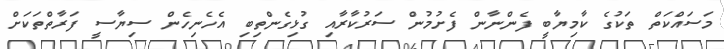
މަސައްކަތް ތަކުގެ ކާމިޔާބީ ފެންނާން ފެށުމުން ސަރުކާރާއި ގުޅިގެންތިބި އެހެނިހެން ސިޔާސީ ފަރާތްތަކަށް